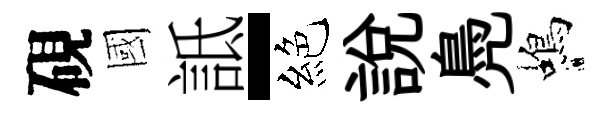
硯國詆-絕說鳧蝎